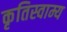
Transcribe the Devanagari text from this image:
कृतिस्वाम्य